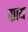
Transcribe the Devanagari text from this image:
प्प्राय